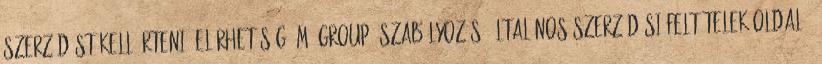
szerződést kell érteni. Elérhetőség: M Group Szabályozás Általános Szerződési Feltételek oldal 6